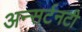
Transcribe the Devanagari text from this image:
अन्सर्टनटी